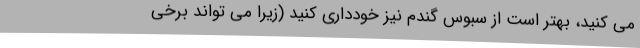
می کنید، بهتر است از سبوس گندم نیز خودداری کنید (زیرا می تواند برخی